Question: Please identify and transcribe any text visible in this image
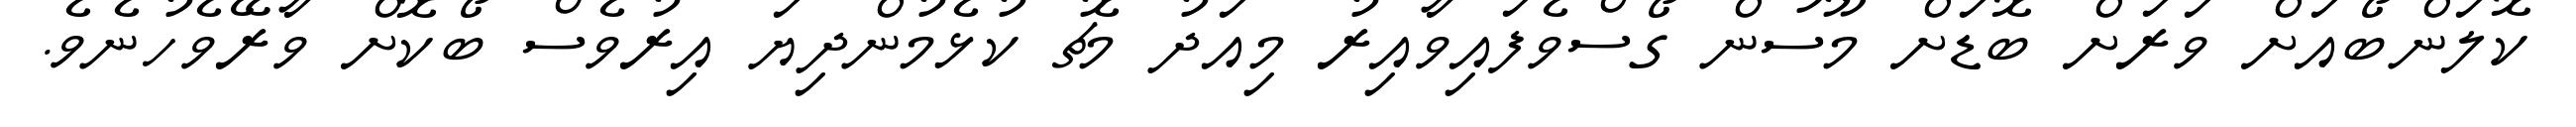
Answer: ކޮލަންބޯއަށް ވަރަށް ބޮޑަށް މޫސުން ގޯސްވެފައިވާއިރު މިއަދު މެޗު ކުޅެމުންދިޔަ އިރުވެސް ބޯކޮށް ވާރޭވެހުނެވެ.